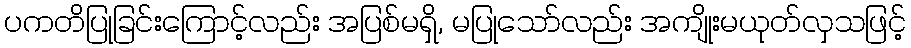
ပကတိပြုခြင်းကြောင့်လည်း အပြစ်မရှိ, မပြုသော်လည်း အကျိုးမယုတ်လှသဖြင့်